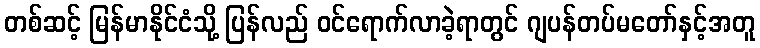
တစ်ဆင့် မြန်မာနိုင်ငံသို့ ပြန်လည် ဝင်ရောက်လာခဲ့ရာတွင် ဂျပန်တပ်မတော်နှင့်အတူ